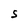
Character: S